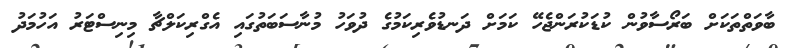
ބާވަތްތަކަށް ބަރޯސާވުން ކުޑަކުރަންޖެހޭ ކަމަށް ދަނޑުވެރިކަމުގެ ދުވަހު މުނާސަބަތުގައި އެގްރިކަލްޗާ މިނިސްޓަރު އަހުމަދު